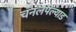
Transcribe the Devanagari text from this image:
चॅनलपल्याड